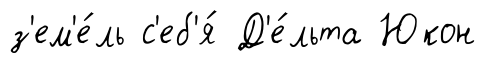
з'ем'е́ль с'еб'я́ Д'е́льта Юкон